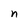
Character: n